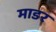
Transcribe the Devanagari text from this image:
माडर